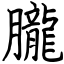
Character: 朧